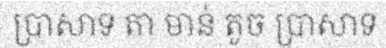
ប្រាសាទ តា មាន់ តូច ប្រាសាទ